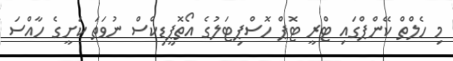
މި ހެލްތް ކޭންޕްގައި ޓްރީ ޓޮޕް ހޮސްޕިޓަލުގެ އޯތޮޕީޑިކްސް ނުވަތަ ކަށީގެ ހާއްސަ